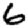
Digit: 6